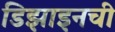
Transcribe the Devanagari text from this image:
डिझाइनची